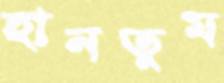
হানতুম